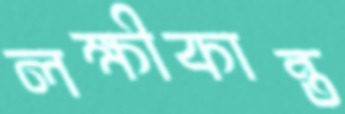
লক্ষীকান্ত